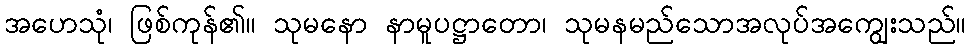
အဟေသုံ၊ ဖြစ်ကုန်၏။ သုမနော နာမူပဋ္ဌာတော၊ သုမနမည်သောအလုပ်အကျွေးသည်။